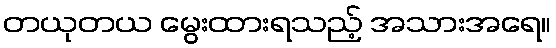
တယုတယ မွေးထားရသည့် အသားအရေ။